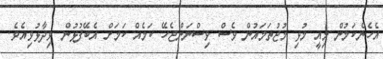
އެހެންކަމުން މިއީ މުޅި މުޖުތަމައުން ވެސް ވިސްނަންޖެހޭ ކަމެއް ކަމަށް އެބޭފުޅުން ވިދާޅުވިއެވެ.